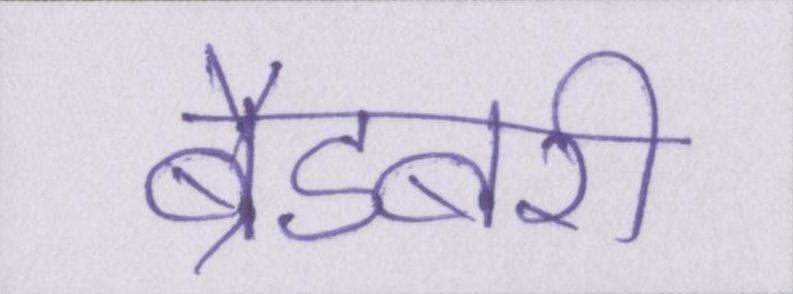
ब्रैडबरी